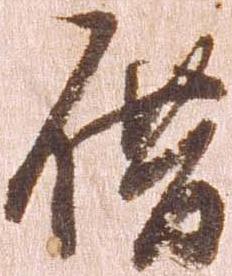
借